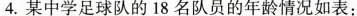
4.某中学足球队的18名队员的年龄情况如表 ：